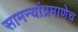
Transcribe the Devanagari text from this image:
सामन्यांप्रमाणेच